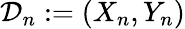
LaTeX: \mathcal{D}_{n}:=(X_{n},Y_{n})